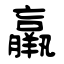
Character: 羸